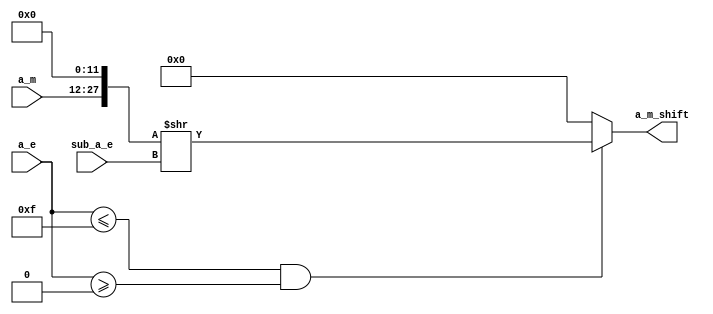
`define SIMULATION_MEMORY
//`define SIMULATION_addfp
`define VECTOR_DEPTH 64 //Q,K,V vector size
`define DATA_WIDTH 16
`define VECTOR_BITS 1024 // 16 bit each (16x64)
`define NUM_WORDS 32   //num of words in the sentence
`define BUF_AWIDTH 4 //16 entries in each buffer ram
`define BUF_LOC_SIZE 4 //4 words in each addr location
`define OUT_RAM_DEPTH 512 //512 entries in output bram
`define EXPONENT 8
`define MANTISSA 7
`define EXPONENT 5
`define MANTISSA 10
`define SIGN 1
`define DWIDTH (`SIGN+`EXPONENT+`MANTISSA)
`define DEFINES_DONE
`define DATAWIDTH (`SIGN+`EXPONENT+`MANTISSA)
`define IEEE_COMPLIANCE 1
`define NUM 4
`define ADDRSIZE 4

module am_shift_t (
  input [5:0] a_e,
  input [5:0] sub_a_e,
  input [15:0] a_m,
  output reg [27:0] a_m_shift);

always@(a_e or sub_a_e or a_m) begin
  if (a_e <= 15 && a_e >= 0 ) begin
    a_m_shift = {a_m,12'b0} >> sub_a_e;
	end
	else begin
		a_m_shift = 24'h0;
	end
  end
  
endmodule